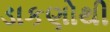
ડાકણોથી